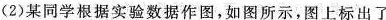
(2)某同学根据实验数据作图，如图所示，图上标出了